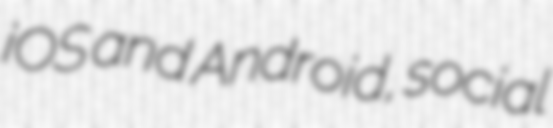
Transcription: iOS and Android, social